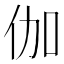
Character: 伽